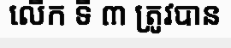
លើក ទី ៣ ត្រូវបាន